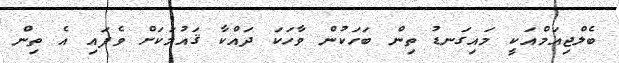
ބެލްޖިއަމްއަކީ މައިގަނޑު ތިން ބަހަކުން ވާހަކަ ދައްކާ ޤައުމަކަށް ވެފައި އެ ތިން